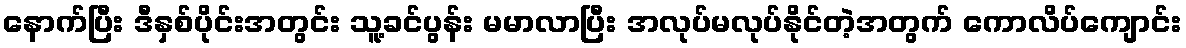
နောက်ပြီး ဒီနှစ်ပိုင်းအတွင်း သူ့ခင်ပွန်း မမာလာပြီး အလုပ်မလုပ်နိုင်တဲ့အတွက် ကောလိပ်ကျောင်း